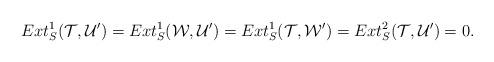
LaTeX: \begin{align*}Ext_{S}^{1}(\mathcal{T},\mathcal{U}^{\prime})=Ext_{S}^{1}(\mathcal{W},\mathcal{U}^{\prime})=Ext_{S}^{1}(\mathcal{T},\mathcal{W}^{\prime})=Ext_{S}^{2}(\mathcal{T},\mathcal{U}^{\prime})=0.\end{align*}